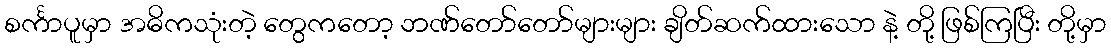
စင်္ကာပူမှာ အဓိကသုံးတဲ့ တွေကတော့ ဘဏ်တော်တော်များများ ချိတ်ဆက်ထားသော နဲ့ တို့ ဖြစ်ကြပြီး တို့မှာ